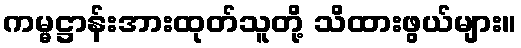
ကမ္မဋ္ဌာန်းအားထုတ်သူတို့ သိထားဖွယ်များ။